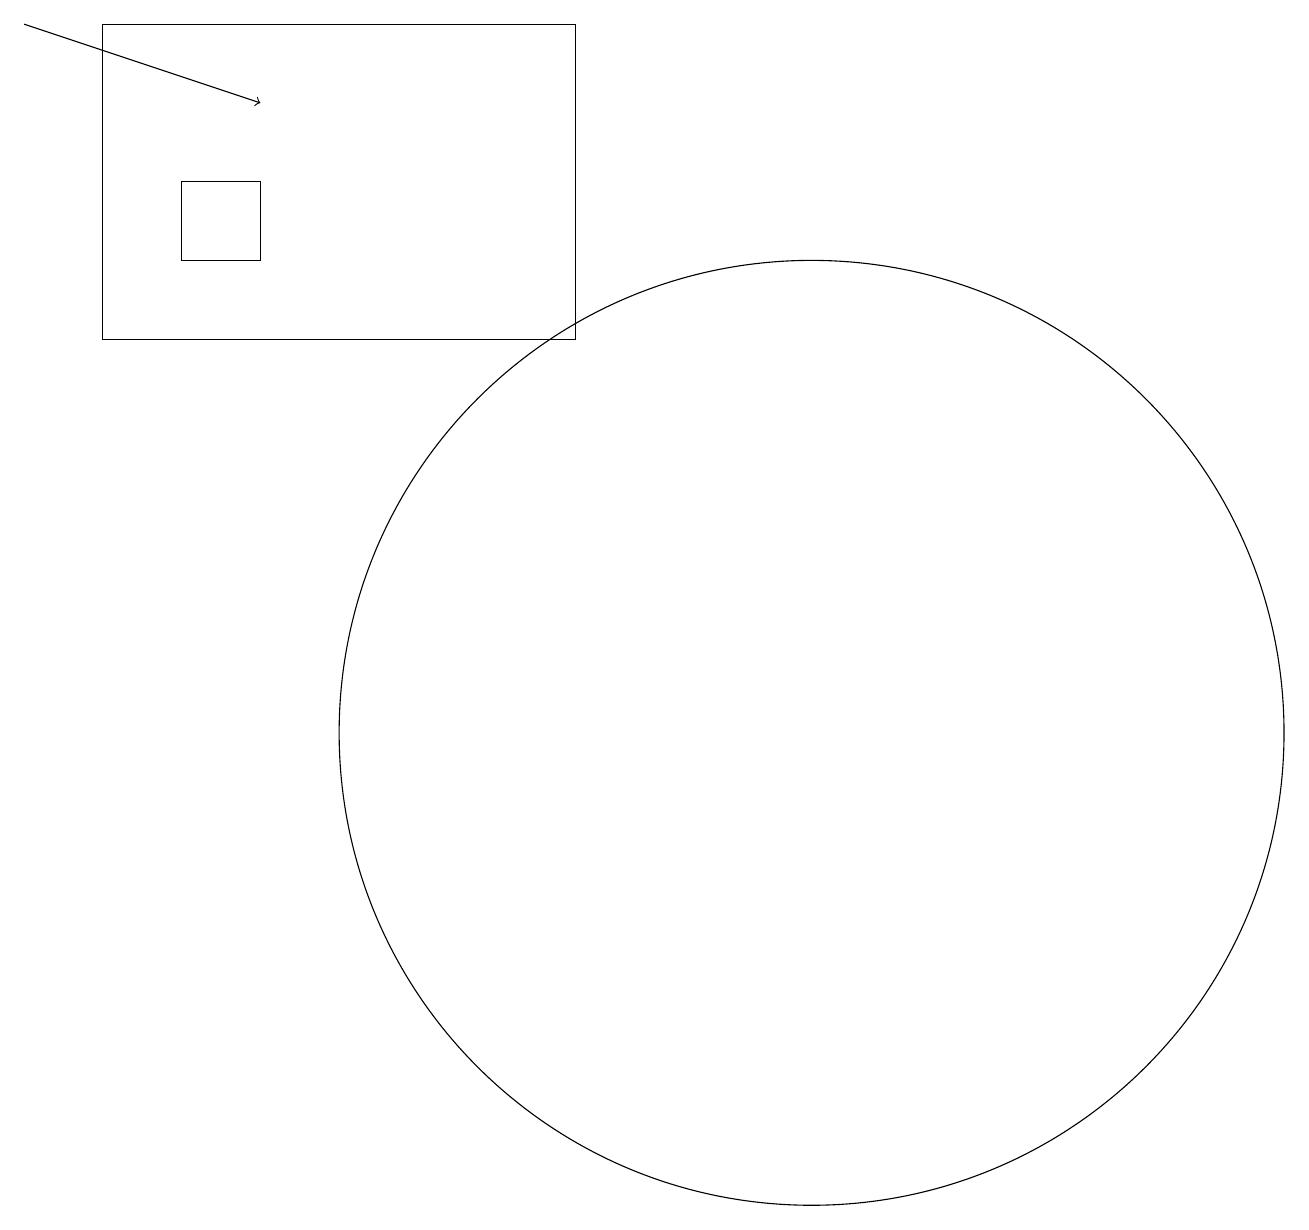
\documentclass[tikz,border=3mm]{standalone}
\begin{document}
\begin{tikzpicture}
\draw (1,15) rectangle (7,19);
\draw (10,10) circle (6);
\draw[->] (0,19) -- (3,18);
\draw (2,16) rectangle (3,17);
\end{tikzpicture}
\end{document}